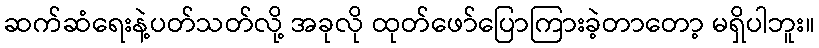
ဆက်ဆံရေးနဲ့ပတ်သတ်လို့ အခုလို ထုတ်ဖော်ပြောကြားခဲ့တာတော့ မရှိပါဘူး။